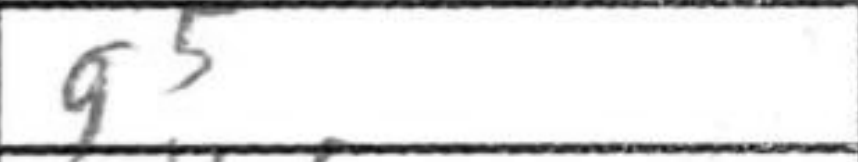
Transcription: g5